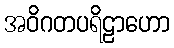
အဝိဂတပရိဠာဟော